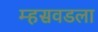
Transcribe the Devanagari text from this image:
म्हसवडला